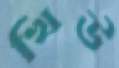
খিউ